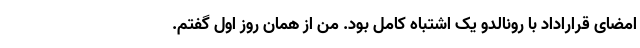
امضای قراراداد با رونالدو یک اشتباه کامل بود. من از همان روز اول گفتم.